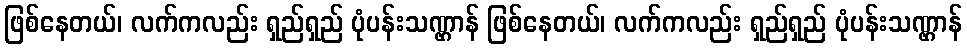
ဖြစ်နေတယ်၊ လက်ကလည်း ရှည်ရှည် ပုံပန်းသဏ္ဌာန် ဖြစ်နေတယ်၊ လက်ကလည်း ရှည်ရှည် ပုံပန်းသဏ္ဌာန်